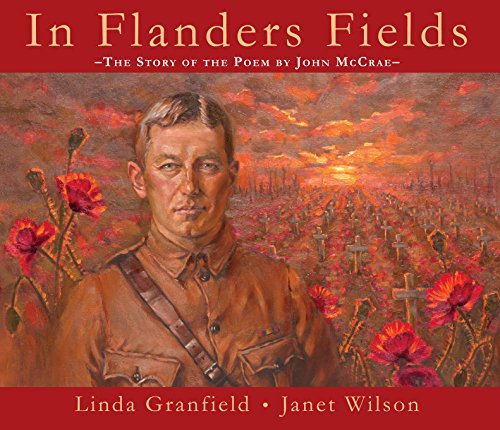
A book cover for In Flanders Fields; Linda Granfield; Children's Books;